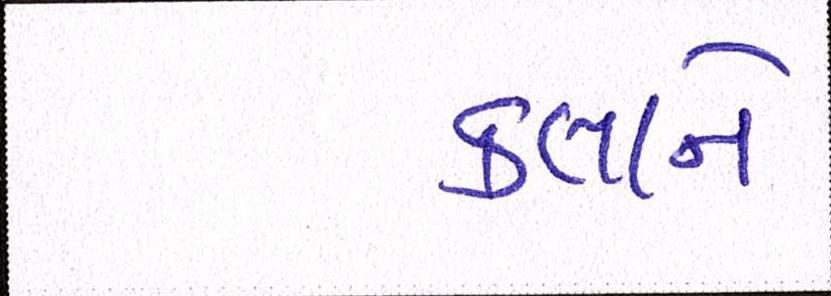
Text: કલાને